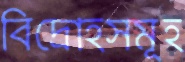
বিদ্রোহসমূহ